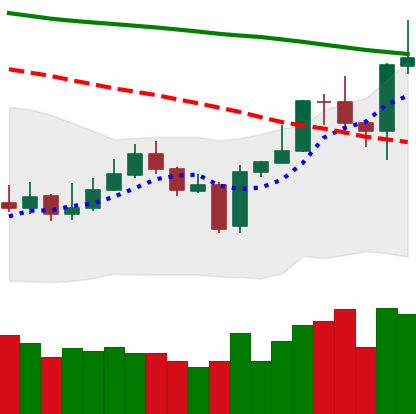
Ticker: EOS-USD
Chart end date: 2020-01-11
Forward return: 28.217%
Label: up_7plus